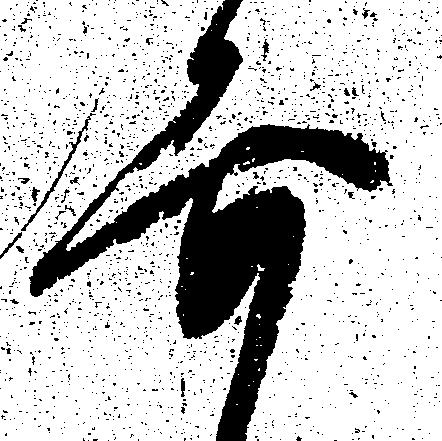
要